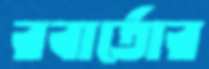
রবার্তোর